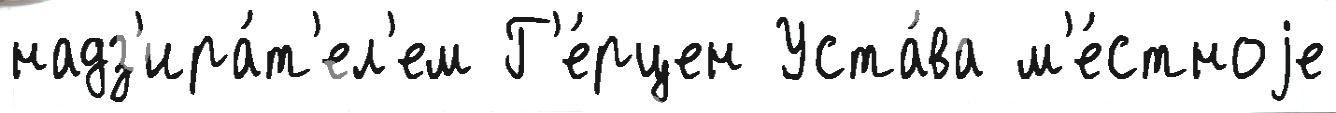
надз'ира́т'ел'ем Г'е́рцен Уста́ва м'е́стноjе